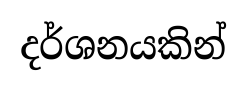
දර්ශනයකින්